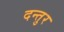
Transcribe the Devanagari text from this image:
दन्तुर